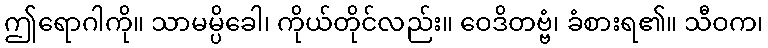
ဤရောဂါကို။ သာမမ္ပိခေါ၊ ကိုယ်တိုင်လည်း။ ဝေဒိတဗ္ဗံ၊ ခံစားရ၏။ သီဝက၊